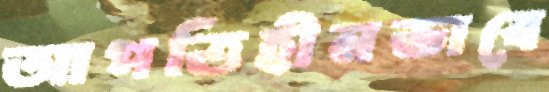
আপত্তিহীনভাবে